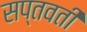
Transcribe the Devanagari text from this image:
सप्तवती